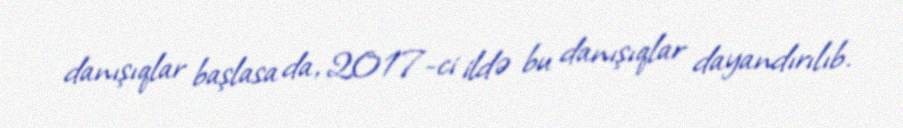
danışıqlar başlasa da, 2017-ci ildə bu danışıqlar dayandırılıb.